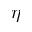
\eta